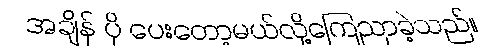
အချိန် ပို ပေးတော့မယ်လို့ကြေညာခဲ့သည်။